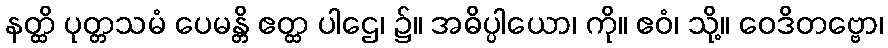
နတ္ထိ ပုတ္တသမံ ပေမန္တိ ဧတ္ထ ပါဌေ၊ ၌။ အဓိပ္ပါယော၊ ကို။ ဧဝံ၊ သို့။ ဝေဒိတဗ္ဗော၊